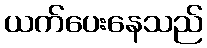
ယက်ပေးနေသည်